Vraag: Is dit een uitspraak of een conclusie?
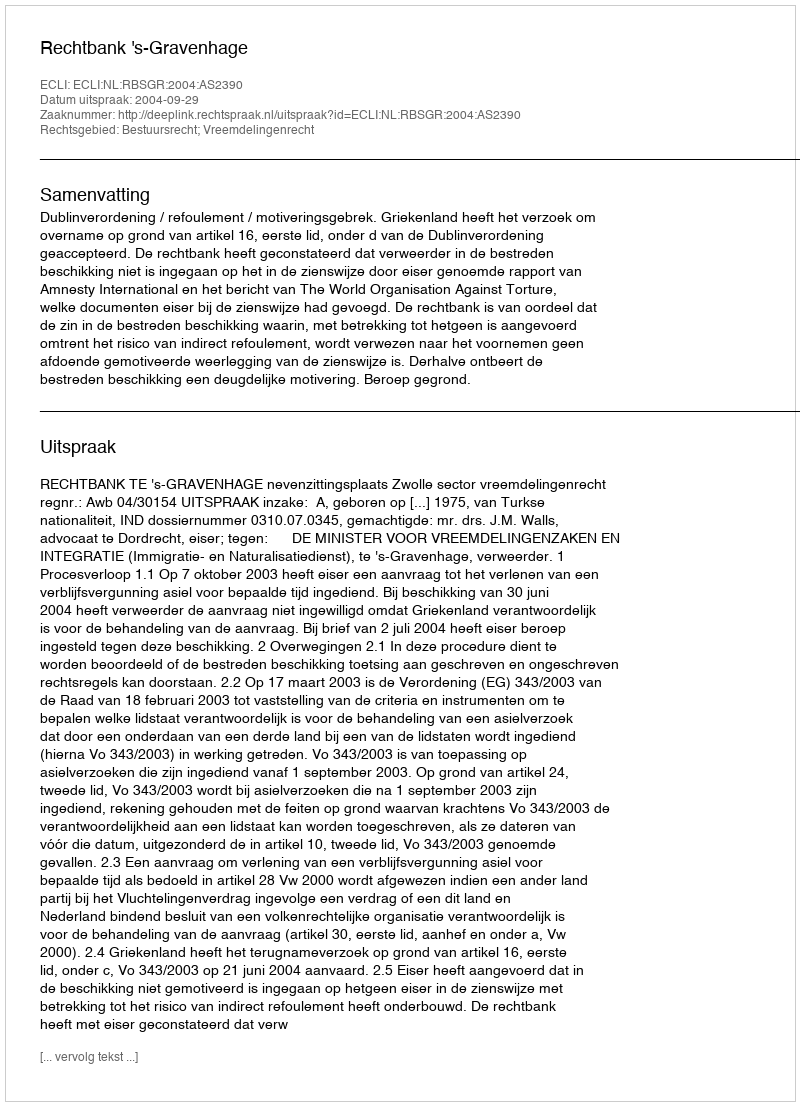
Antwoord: Uitspraak